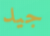
جيد